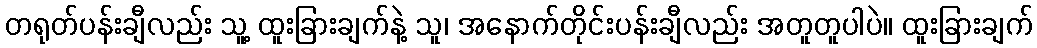
တရုတ်ပန်းချီလည်း သူ့ ထူးခြားချက်နဲ့ သူ၊ အနောက်တိုင်းပန်းချီလည်း အတူတူပါပဲ။ ထူးခြားချက်